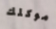
موكلك